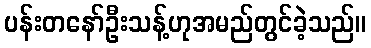
ပန်းတနော်ဦးသန့်ဟုအမည်တွင်ခဲ့သည်။